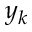
y _ { k }